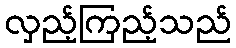
လှည့်ကြည့်သည်